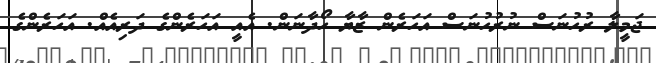
ޖަމީލާ ރުހުނަސް ނުރުހުނަސް އަހަރެން ޒާޔާ ހޯދާނަން. އެއީ އަހަރެންގެ ދަރިއެއް. އަހަރެންގެ